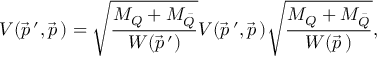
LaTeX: V ( \vec { p } \, ^ { \prime } , \vec { p } \, ) = \sqrt { \frac { M _ { Q } + M _ { \bar { Q } } } { W ( \vec { p } \, ^ { \prime } ) } } { \cal V } ( \vec { p } \, ^ { \prime } , \vec { p } \, ) \sqrt { \frac { M _ { Q } + M _ { \bar { Q } } } { W ( \vec { p } \, ) } } ,